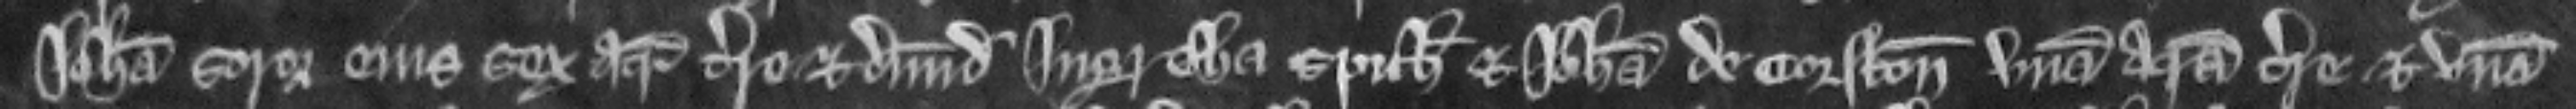
Johanna soror ejus sex acras terre et dimidiam Ingretha Spich et Johanna de Corfton unam acram terre et unam